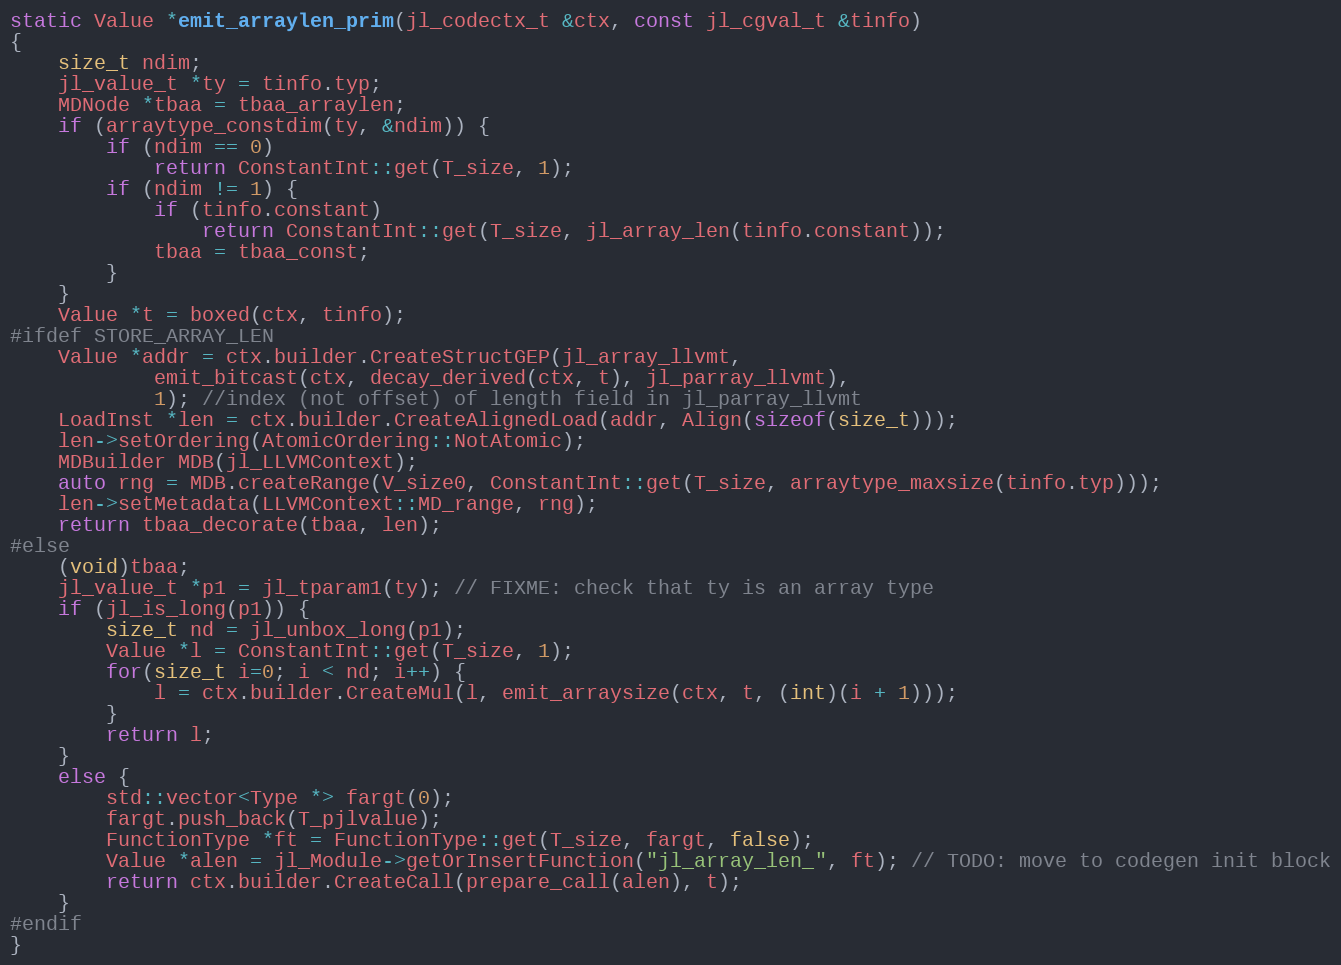
Language: C++
static Value *emit_arraylen_prim(jl_codectx_t &ctx, const jl_cgval_t &tinfo)
{
    size_t ndim;
    jl_value_t *ty = tinfo.typ;
    MDNode *tbaa = tbaa_arraylen;
    if (arraytype_constdim(ty, &ndim)) {
        if (ndim == 0)
            return ConstantInt::get(T_size, 1);
        if (ndim != 1) {
            if (tinfo.constant)
                return ConstantInt::get(T_size, jl_array_len(tinfo.constant));
            tbaa = tbaa_const;
        }
    }
    Value *t = boxed(ctx, tinfo);
#ifdef STORE_ARRAY_LEN
    Value *addr = ctx.builder.CreateStructGEP(jl_array_llvmt,
            emit_bitcast(ctx, decay_derived(ctx, t), jl_parray_llvmt),
            1); //index (not offset) of length field in jl_parray_llvmt
    LoadInst *len = ctx.builder.CreateAlignedLoad(addr, Align(sizeof(size_t)));
    len->setOrdering(AtomicOrdering::NotAtomic);
    MDBuilder MDB(jl_LLVMContext);
    auto rng = MDB.createRange(V_size0, ConstantInt::get(T_size, arraytype_maxsize(tinfo.typ)));
    len->setMetadata(LLVMContext::MD_range, rng);
    return tbaa_decorate(tbaa, len);
#else
    (void)tbaa;
    jl_value_t *p1 = jl_tparam1(ty); // FIXME: check that ty is an array type
    if (jl_is_long(p1)) {
        size_t nd = jl_unbox_long(p1);
        Value *l = ConstantInt::get(T_size, 1);
        for(size_t i=0; i < nd; i++) {
            l = ctx.builder.CreateMul(l, emit_arraysize(ctx, t, (int)(i + 1)));
        }
        return l;
    }
    else {
        std::vector<Type *> fargt(0);
        fargt.push_back(T_pjlvalue);
        FunctionType *ft = FunctionType::get(T_size, fargt, false);
        Value *alen = jl_Module->getOrInsertFunction("jl_array_len_", ft); // TODO: move to codegen init block
        return ctx.builder.CreateCall(prepare_call(alen), t);
    }
#endif
}